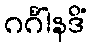
ဂင်္ဂါနဒိံ